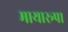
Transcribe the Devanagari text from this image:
मायारूपा